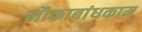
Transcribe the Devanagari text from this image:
नौकाबांधकाम